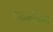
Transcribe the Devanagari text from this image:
पदमहिमा